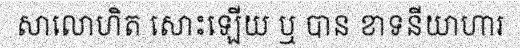
សាលោហិត សោះឡើយ ឬ បាន ខាទនីយាហារ